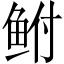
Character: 鲋